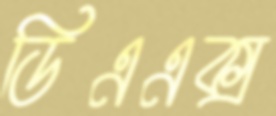
ডিএএক্স